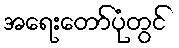
အရေးတော်ပုံတွင်